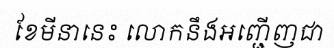
ខែមីនានេះ លោកនឹងអញ្ជើញជា